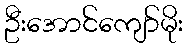
ဦးအောင်ကျော်မိုး